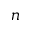
n